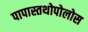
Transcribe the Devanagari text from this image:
पापास्तथोपोलोस